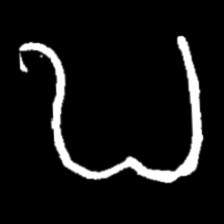
Pyu character \u2014 Myanmar letter: ဎ (romanized: ddha)